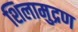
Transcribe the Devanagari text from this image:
शिलामुद्रण